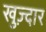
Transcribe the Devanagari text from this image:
खुज़्दार